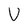
Character: V